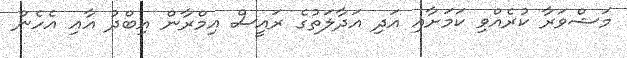
މަޝްވަރާ ކުރެއްވި ކަމަށާއި އަދި އަދާލަތުގެ ރައީސް އިމްރާން އިބްދު އާއި އެހެން